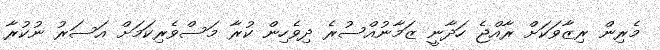
މެރިން ރިޒާވަކަށް ރާއްޖެ ހަދާނީ ޒަމާނުއްސުރެ ދިވެހިން ކުރާ މަސްވެރިކަމަށް އަސަރު ނުކުރާ